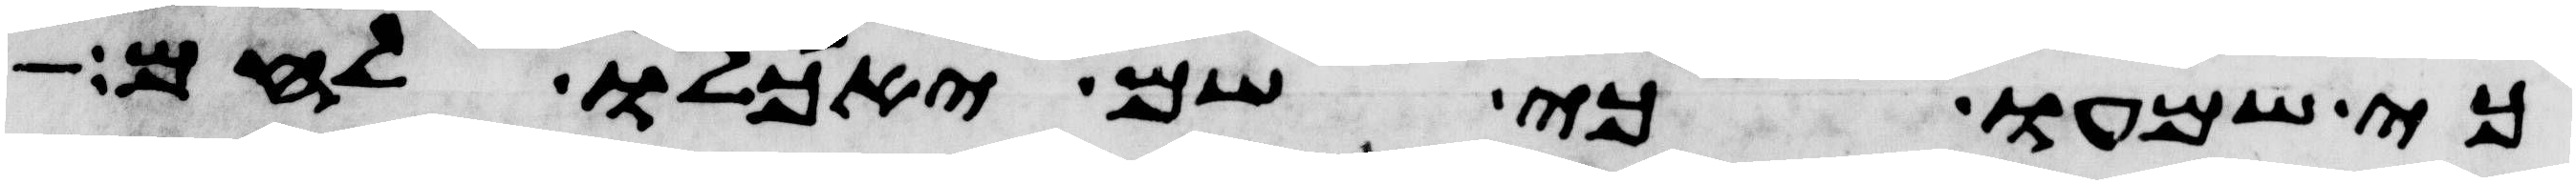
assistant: כי שמעו כי שם יאכלו לחם